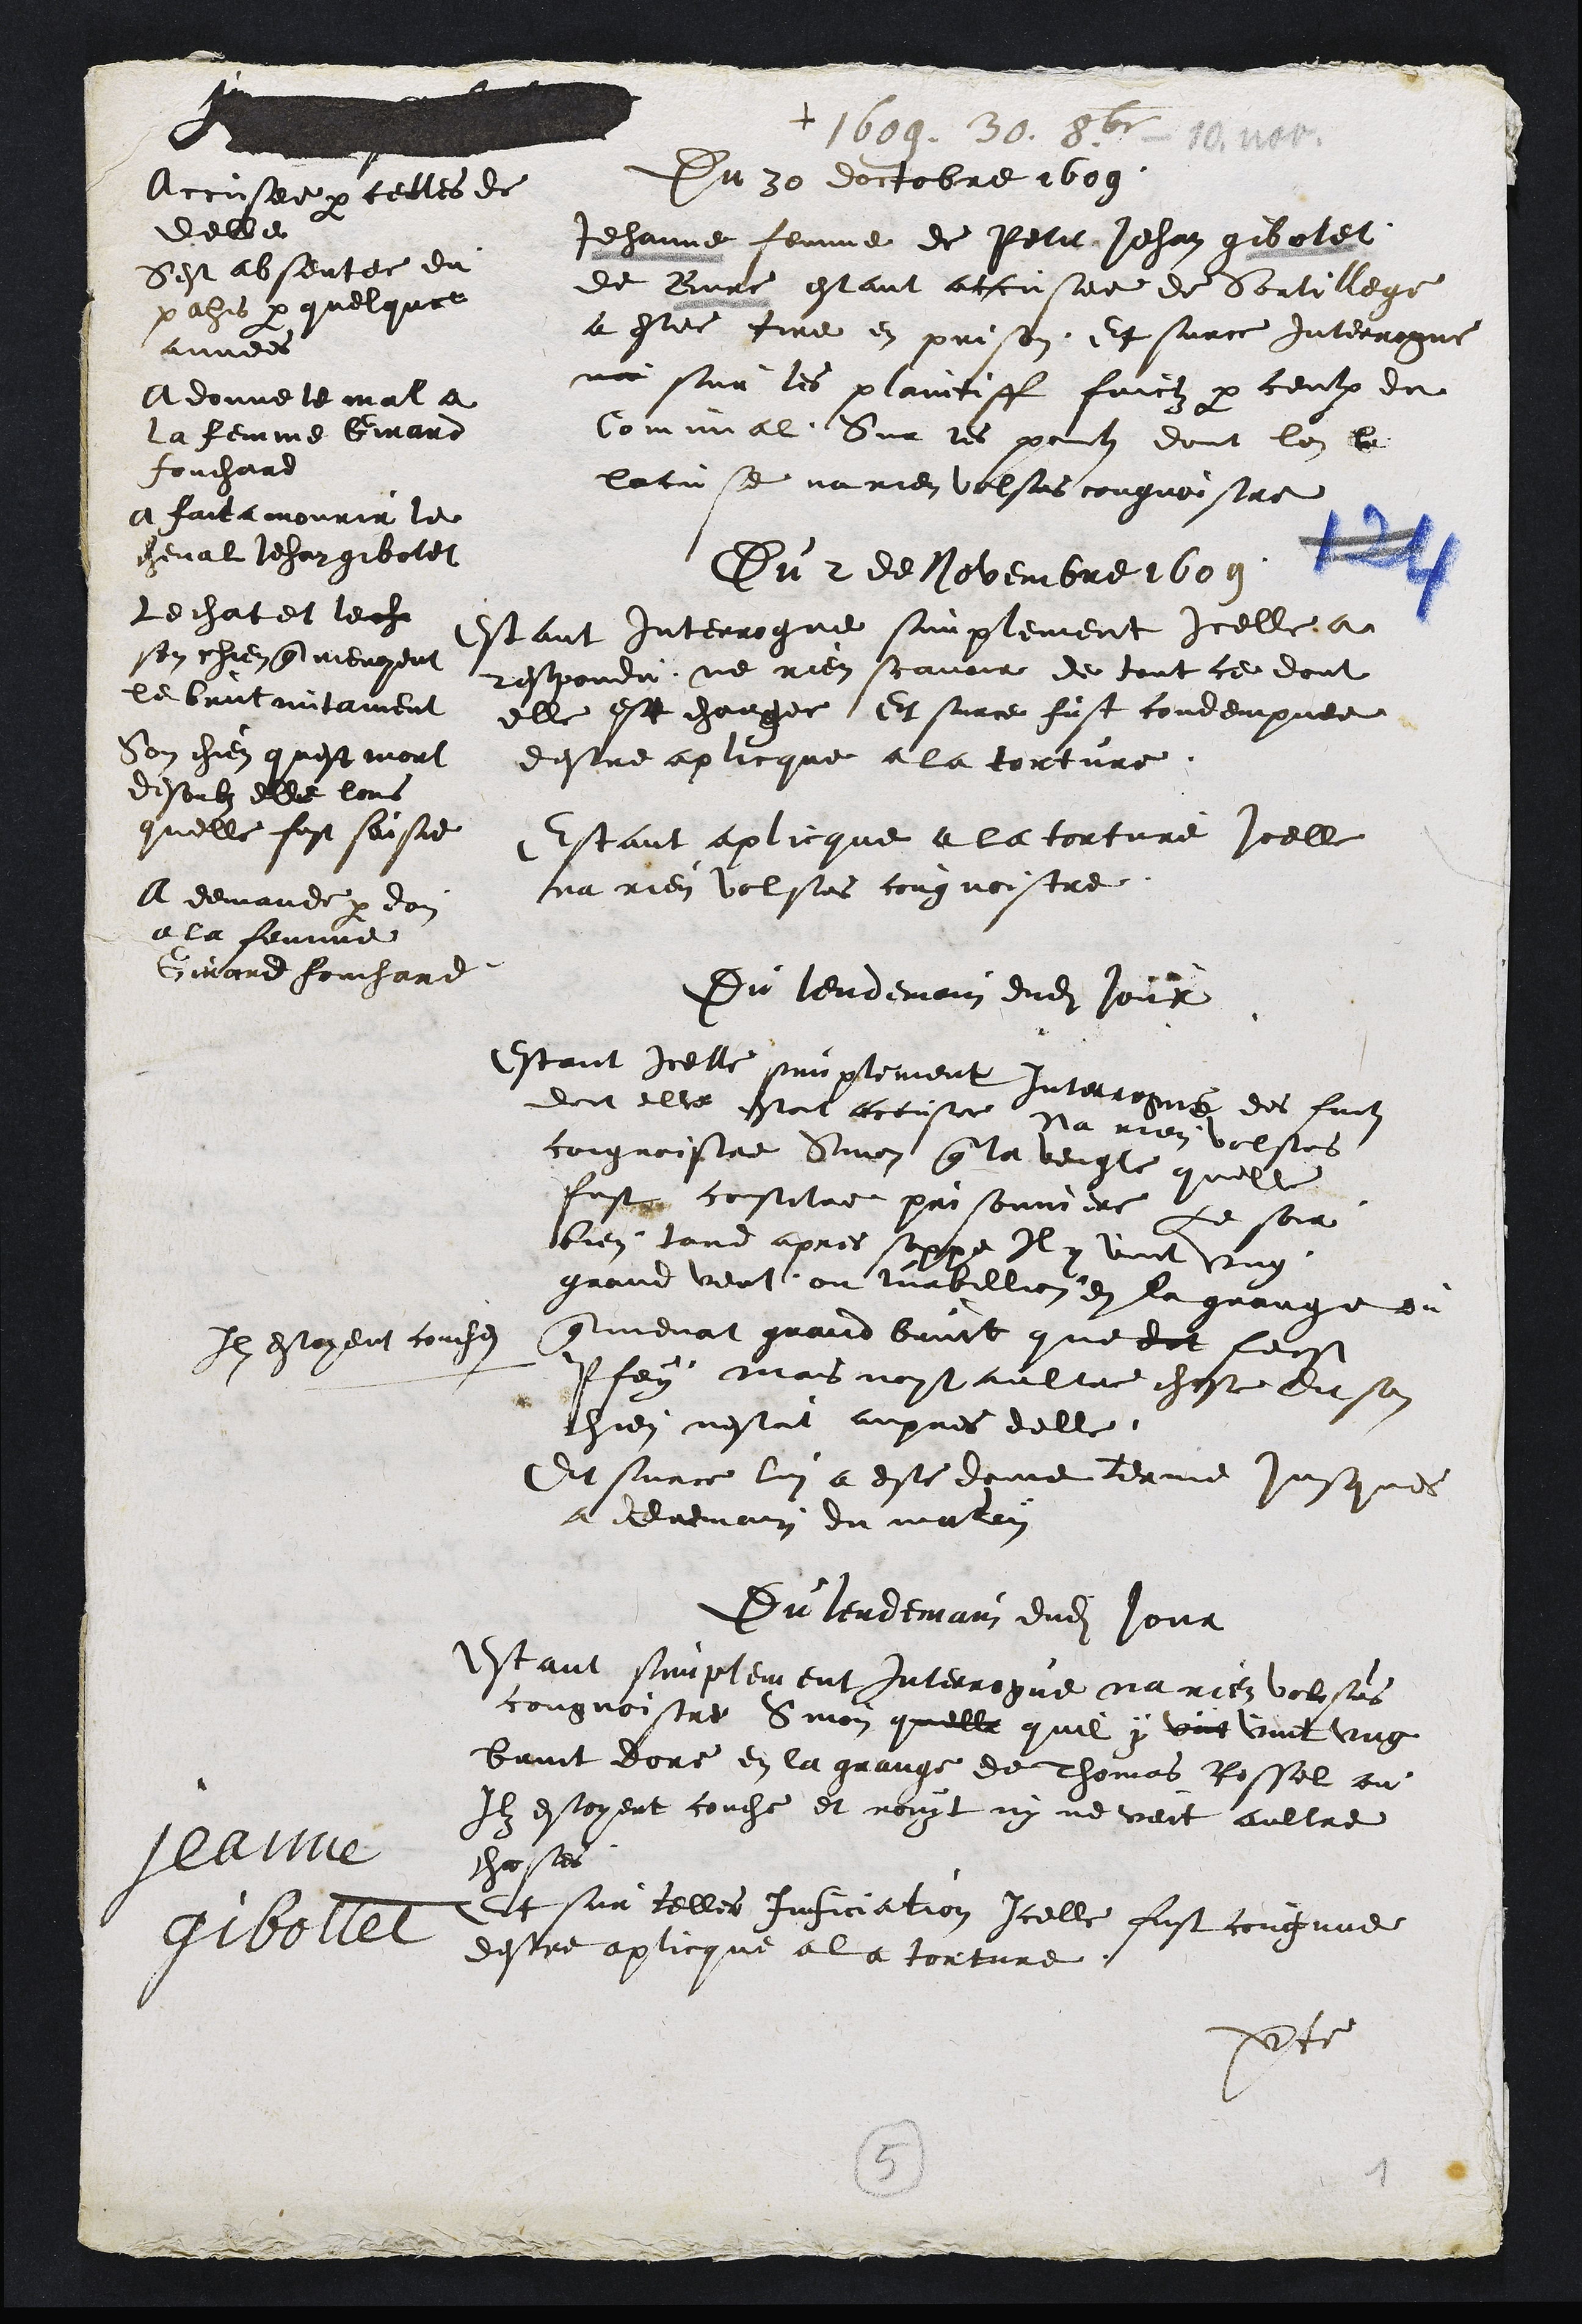
Accusee par celles de
delle
Sest absentee du
pahis par quelquee
avois
A donne le mal a
La femme Girard
touchard
a fait a mourir le
cheval Jehangibolet
Le chatet lache
son chien que mevoyent
le bantaitament
Son chien quest mort
desoubs elle lors
quelle fust saisie
A demande par don
a la femme
Girard fouchard
+
Du 20 doctobre 1609
Jehanne femme de Petit Jehan gibolet
de Bure estant accusee de Sortilege
a estee tire en prison Et surce interrogne
ne sur les plaini faictz par ceulx du
Commal. Sur les point dont lon le
lacuse na rien volsus cougnoistre
Du 2 de Novembre 1609
Estant interrogue simplement icelle a
esponde ne rien scavoir de tout ce dont
elle est chargee Et surce fust condempnee
destre aplicque a la torture
Estant aplicque a la torture icelle
na rien volsus cougnoistre
Du lendemain dudit jour
Estant icelle simplement interrogne des fant
doi elle estoit accuste na rien volsus
cougnoistre Sinon que la venge quelle
fust costitre prisonniere Le soir
bien tord apres soppe Iy vint ung
grand vent ou turbillion en la grange ou
que menat grand benit que dit leust
Il estoyent couche
fen mais noit aultre chaste du son
hien nestre aupres delle
Et surce lui a este donne terme jusques
a demain du matin
Du lendemain dudit jour
Estant simplement interrogue na rien volsus
congnoistre Sion quelle quil y vint vint ung
fait dore en la grange de chomas Rossel ou
Il estoyent couche et nout ny ne veit aultre
la
choses
Et sur telles inficiation Icelle fust cougnue
boit
destre aplicque a la torture
de